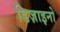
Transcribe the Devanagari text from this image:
डिज़ाइनो